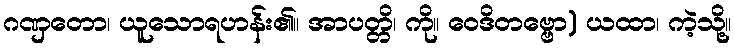
ဂဏှတော၊ ယူသောရဟန်း၏။ အာပတ္တိ၊ ကို။ ဝေဒိတဗ္ဗော) ယထာ၊ ကဲ့သို့။